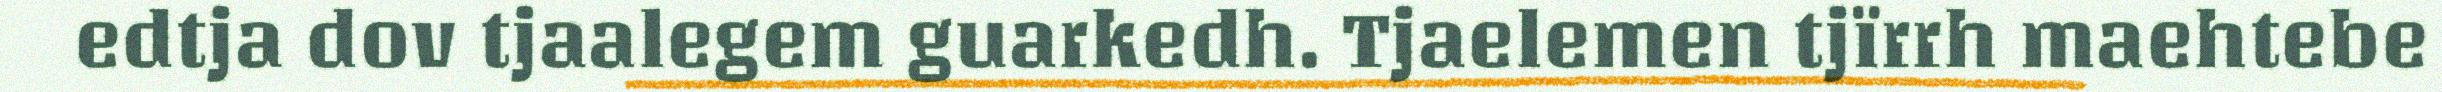
edtja dov tjaalegem guarkedh. Tjaelemen tjïrrh maehtebe